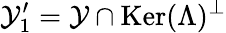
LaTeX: \mathcal{Y}_{1}^{\prime}=\mathcal{Y}\cap\mathop{\mathrm{Ker}}(\Lambda)^{\perp}